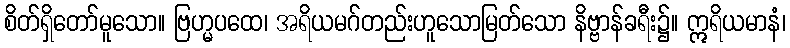
စိတ်ရှိတော်မူသော။ ဗြဟ္မပထေ၊ အရိယမဂ်တည်းဟူသောမြတ်သော နိဗ္ဗာန်ခရီး၌။ ဣရိယမာနံ၊